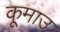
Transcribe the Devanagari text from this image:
कूमाउ